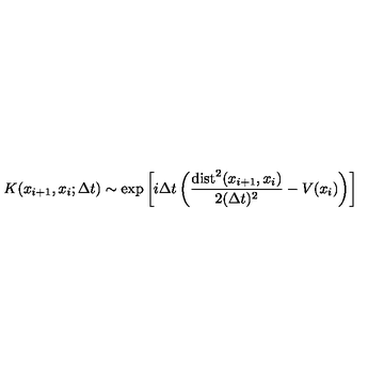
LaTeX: K ( x _ { i + 1 } , x _ { i } ; \Delta t ) \sim \exp \left[ i \Delta t \left( \frac { \mathrm { d i s t } ^ { 2 } ( x _ { i + 1 } , x _ { i } ) } { 2 ( \Delta t ) ^ { 2 } } - V ( x _ { i } ) \right) \right]